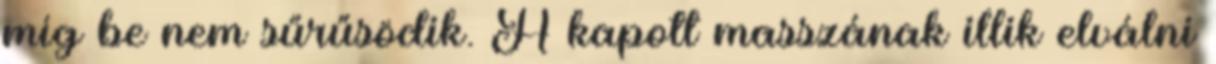
míg be nem sűrűsödik. A kapott masszának illik elválni